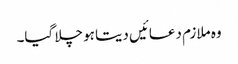
وہ ملازم دعائیں دیتا ہو چلا گیا۔